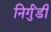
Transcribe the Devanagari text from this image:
निर्गुंडी